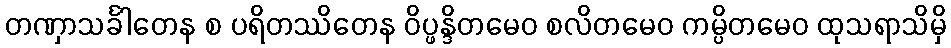
တဏှာသင်္ခါတေန စ ပရိတဿိတေန ဝိပ္ဖန္ဒိတမေဝ စလိတမေဝ ကမ္ပိတမေဝ ထုသရာသိမှိ